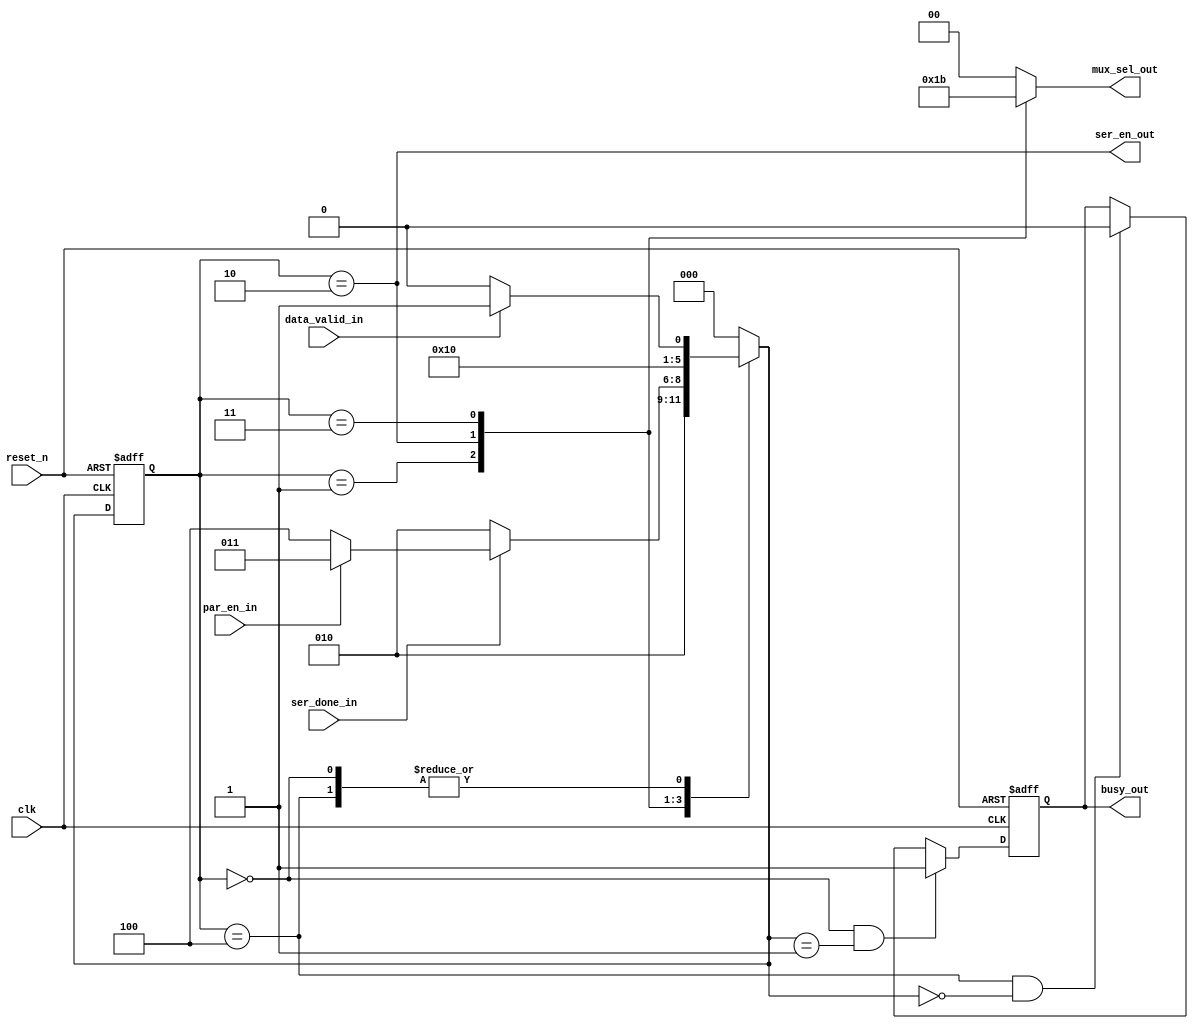
module uart_tx_fsm
(
	input clk,
	input reset_n,
	input data_valid_in,
	input par_en_in,
	input ser_done_in,

	output wire ser_en_out,
	output reg busy_out,
	output reg [1:0] mux_sel_out
);

localparam IDLE =3'd0,
	START=3'd1,
	DATA=3'd2,
	PARITY=3'd3,
	STOP=3'd4;

reg [2:0] next_state, current_state;

always @(posedge clk or negedge reset_n) begin : proc_current_state
	if(~reset_n) begin
		current_state <= IDLE;
	end else begin
		current_state <= next_state;
	end
end

always @(*) begin : proc_next_state
	case(current_state)
		IDLE:
		begin
			if(data_valid_in)
				next_state = START;
			else
				next_state = IDLE;
		end
		START:
		begin
			next_state = DATA;
		end
		DATA:
		begin
			if(!ser_done_in)
				next_state = DATA;
			else if(par_en_in)
				next_state = PARITY;
			else
				next_state = STOP;
		end
		PARITY:
		begin
			next_state = STOP;
		end
		STOP:
		begin
			if(data_valid_in)
				next_state = START;
			else
				next_state= IDLE;
		end
		default: next_state = IDLE;
	endcase // current_state
end

assign ser_en_out = current_state == DATA;

always @(*) begin : proc_mux_sel_out
	case(current_state)
		IDLE: mux_sel_out = 0;
		START: mux_sel_out = 1;
		DATA: mux_sel_out = 2;
		PARITY: mux_sel_out = 3;
		default: mux_sel_out = 0;
	endcase
end

always @(posedge clk or negedge reset_n) begin : proc_busy_out
	if(~reset_n) begin
		busy_out <= 0;
	end else if(current_state == IDLE && next_state == START) begin
		busy_out <= 1;
	end
	else if(current_state == STOP && next_state == IDLE) begin
		busy_out <= 0;
	end
end
endmodule